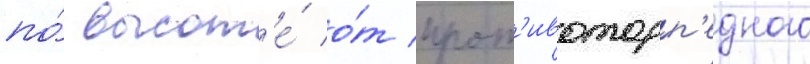
по́ высот'е́ о́т прот'ивоторп'едного